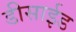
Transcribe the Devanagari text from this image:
डीसाईड